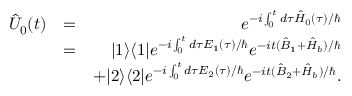
\begin{array} { r l r } { \hat { U } _ { 0 } ( t ) } & { = } & { e ^ { - i \int _ { 0 } ^ { t } d \tau \hat { H } _ { 0 } ( \tau ) / \hbar } } \\ & { = } & { | 1 \rangle \langle 1 | e ^ { - i \int _ { 0 } ^ { t } d \tau E _ { 1 } ( \tau ) / \hbar } e ^ { - i t ( \hat { B } _ { 1 } + \hat { H } _ { b } ) / \hbar } } \\ & { } & { + | 2 \rangle \langle 2 | e ^ { - i \int _ { 0 } ^ { t } d \tau E _ { 2 } ( \tau ) / \hbar } e ^ { - i t ( \hat { B } _ { 2 } + \hat { H } _ { b } ) / \hbar } . } \end{array}